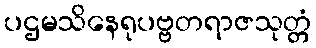
ပဌမသိနေရုပဗ္ဗတရာဇသုတ္တံ